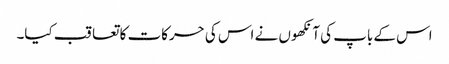
اس کے باپ کی آنکھوں نے اس کی حرکات کا تعاقب کیا۔